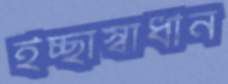
ইচ্ছাস্বাধীন